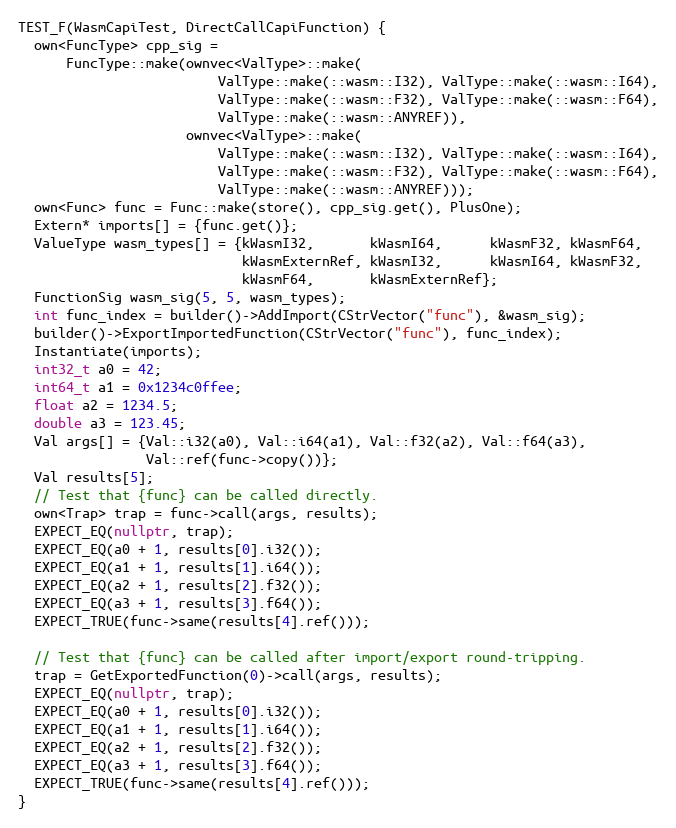
Language: C++
TEST_F(WasmCapiTest, DirectCallCapiFunction) {
  own<FuncType> cpp_sig =
      FuncType::make(ownvec<ValType>::make(
                         ValType::make(::wasm::I32), ValType::make(::wasm::I64),
                         ValType::make(::wasm::F32), ValType::make(::wasm::F64),
                         ValType::make(::wasm::ANYREF)),
                     ownvec<ValType>::make(
                         ValType::make(::wasm::I32), ValType::make(::wasm::I64),
                         ValType::make(::wasm::F32), ValType::make(::wasm::F64),
                         ValType::make(::wasm::ANYREF)));
  own<Func> func = Func::make(store(), cpp_sig.get(), PlusOne);
  Extern* imports[] = {func.get()};
  ValueType wasm_types[] = {kWasmI32,       kWasmI64,      kWasmF32, kWasmF64,
                            kWasmExternRef, kWasmI32,      kWasmI64, kWasmF32,
                            kWasmF64,       kWasmExternRef};
  FunctionSig wasm_sig(5, 5, wasm_types);
  int func_index = builder()->AddImport(CStrVector("func"), &wasm_sig);
  builder()->ExportImportedFunction(CStrVector("func"), func_index);
  Instantiate(imports);
  int32_t a0 = 42;
  int64_t a1 = 0x1234c0ffee;
  float a2 = 1234.5;
  double a3 = 123.45;
  Val args[] = {Val::i32(a0), Val::i64(a1), Val::f32(a2), Val::f64(a3),
                Val::ref(func->copy())};
  Val results[5];
  // Test that {func} can be called directly.
  own<Trap> trap = func->call(args, results);
  EXPECT_EQ(nullptr, trap);
  EXPECT_EQ(a0 + 1, results[0].i32());
  EXPECT_EQ(a1 + 1, results[1].i64());
  EXPECT_EQ(a2 + 1, results[2].f32());
  EXPECT_EQ(a3 + 1, results[3].f64());
  EXPECT_TRUE(func->same(results[4].ref()));

  // Test that {func} can be called after import/export round-tripping.
  trap = GetExportedFunction(0)->call(args, results);
  EXPECT_EQ(nullptr, trap);
  EXPECT_EQ(a0 + 1, results[0].i32());
  EXPECT_EQ(a1 + 1, results[1].i64());
  EXPECT_EQ(a2 + 1, results[2].f32());
  EXPECT_EQ(a3 + 1, results[3].f64());
  EXPECT_TRUE(func->same(results[4].ref()));
}